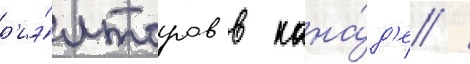
р'иэ́лторов в кана́д'е /